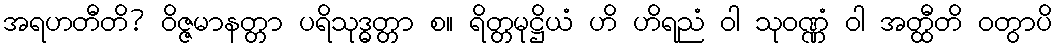
အရဟတီတိ? ဝိဇ္ဇမာနတ္တာ ပရိသုဒ္ဓတ္တာ စ။ ရိတ္တမုဋ္ဌိယံ ဟိ ဟိရညံ ဝါ သုဝဏ္ဏံ ဝါ အတ္ထီတိ ဝတွာပိ